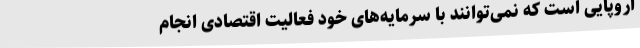
اروپایی است که نمی‌توانند با سرمایه‌های خود فعالیت اقتصادی انجام